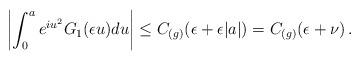
LaTeX: \begin{align*}\left|\int_0^a e^{iu^2}G_1(\epsilon u)du\right|\le C_{(g)}(\epsilon+\epsilon |a|)=C_{(g)}(\epsilon+\nu)\,.\end{align*}